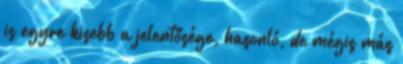
is egyre kisebb a jelentősége, hasonló, de mégis más